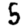
Digit: 5